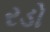
રડો